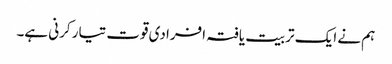
ہم نے ایک تربیت یافتہ افرادی قوت تیار کرنی ہے۔